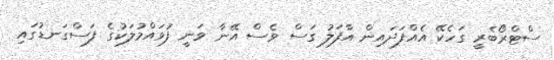
ސްޓްރޯބެރީ ގަހެކޭ އެއްފަދައިން އާފަލު ގަސް ވެސް އޭނާ ވަނީ ފުވައްމުލަކުގެ ފަސްގަނޑުގައި